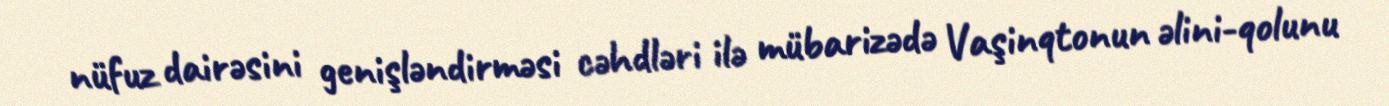
nüfuz dairəsini genişləndirməsi cəhdləri ilə mübarizədə Vaşinqtonun əlini-qolunu